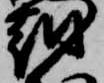
越